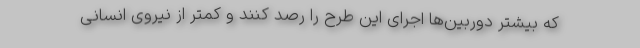
که بیشتر دوربین‌ها اجرای این طرح را رصد کنند و کمتر از نیروی انسانی